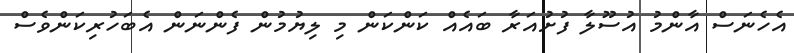
އެހެނަސް އާންމު އުސޫލާ ފުށުއަރާ ބައެއް ކަންކަން މި ލިޔުމުން ފެންނަން އެބަހުރިކަންވެސް